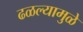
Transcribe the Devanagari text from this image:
ढळल्यामुळे